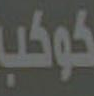
كوكب